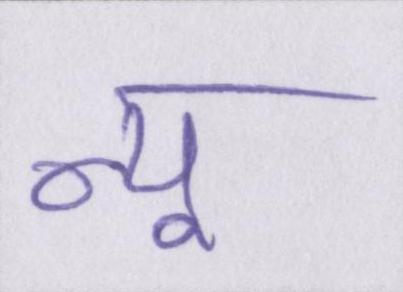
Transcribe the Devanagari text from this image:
न्यू